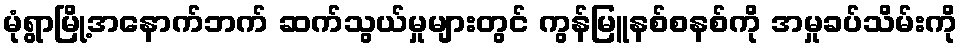
မုံရွာမြို့အနောက်ဘက် ဆက်သွယ်မှုများတွင် ကွန်မြူနစ်စနစ်ကို အမှုခပ်သိမ်းကို